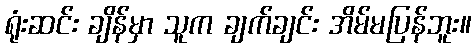
ရုံးဆင်း ချိန်မှာ သူက ချက်ချင်း အိမ်မပြန်ဘူး။